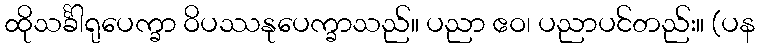
ထိုသင်္ခါရုပေက္ခာ ဝိပဿနုပေက္ခာသည်။ ပညာ ဧဝ၊ ပညာပင်တည်း။ (ပန